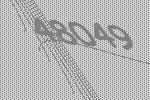
48049